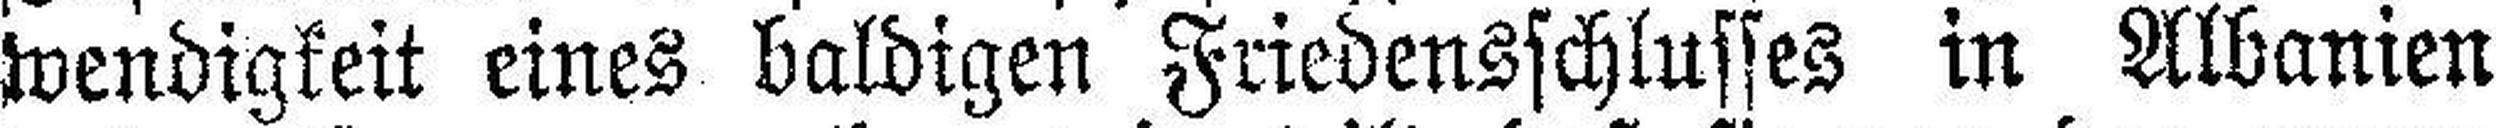
wendigkeit eines baldigen Friedensschlusses in Albanien